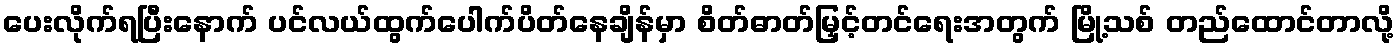
ပေးလိုက်ရပြီးနောက် ပင်လယ်ထွက်ပေါက်ပိတ်နေချိန်မှာ စိတ်ဓာတ်မြှင့်တင်ရေးအတွက် မြို့သစ် တည်ထောင်တာလို့